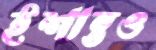
ইশান্তও